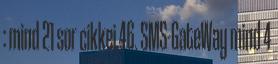
: mind 21 sor cikkei 46. SMS-GateWay mind 4